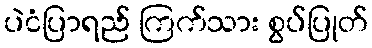
ပဲငံပြာရည် ကြက်သား စွပ်ပြုတ်